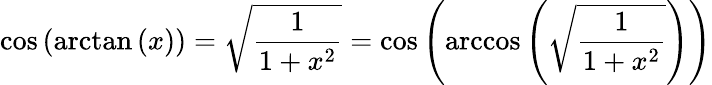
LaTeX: \cos\left(\arctan\left(x\right)\right)={\sqrt{\frac{1}{1+x^{2}}}}=\cos\left(\operatorname{arccos}\left({\sqrt{\frac{1}{1+x^{2}}}}\right)\right)